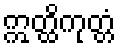
ဣတ္ထိကုတ္တံ